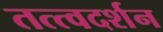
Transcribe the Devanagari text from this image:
तत्त्वदर्शन